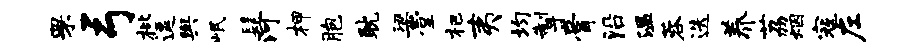
罘弓枇逗舆岷髦河柙胞耽梁堂杷夷均掣膏沿温蓉迭养荔烟寇左